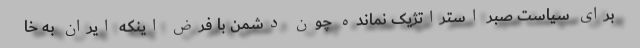
برای سیاست صبر استراتژیک نمانده چون دشمن با فرض اینکه ایران به خا